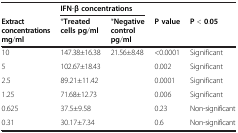
<table><thead><tr><td><b> </b></td><td colspan="2"><b>IFN-β concentrations</b></td><td><b> </b></td><td><b> </b></td></tr><tr><td><b>Extract concentrations mg/ml</b></td><td><b>*Treated cells pg/ml</b></td><td><b>*Negative control pg/ml</b></td><td><b>P value</b></td><td><b>P &lt;0.05</b></td></tr></thead><tbody><tr><td>10</td><td>147.38±16.38</td><td rowspan="5">21.56±8.48</td><td>&lt;0.0001</td><td>Significant</td></tr><tr><td>5</td><td>102.67±18.43</td><td>0.002</td><td>Significant</td></tr><tr><td>2.5</td><td>89.21±11.42</td><td>0.0001</td><td>Significant</td></tr><tr><td>1.25</td><td>71.68±12.73</td><td>0.006</td><td>Significant</td></tr><tr><td>0.625</td><td>37.5±9.58</td><td>0.23</td><td>Non-significant</td></tr><tr><td>0.31</td><td>30.17±7.34</td><td> </td><td>0.6</td><td>Non-significant</td></tr></tbody></table>